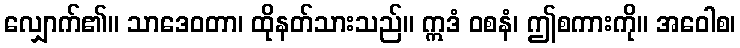
လျှောက်၏။ သာဒေဝတာ၊ ထိုနတ်သားသည်။ ဣဒံ ဝစနံ၊ ဤစကားကို။ အဝေါစ၊